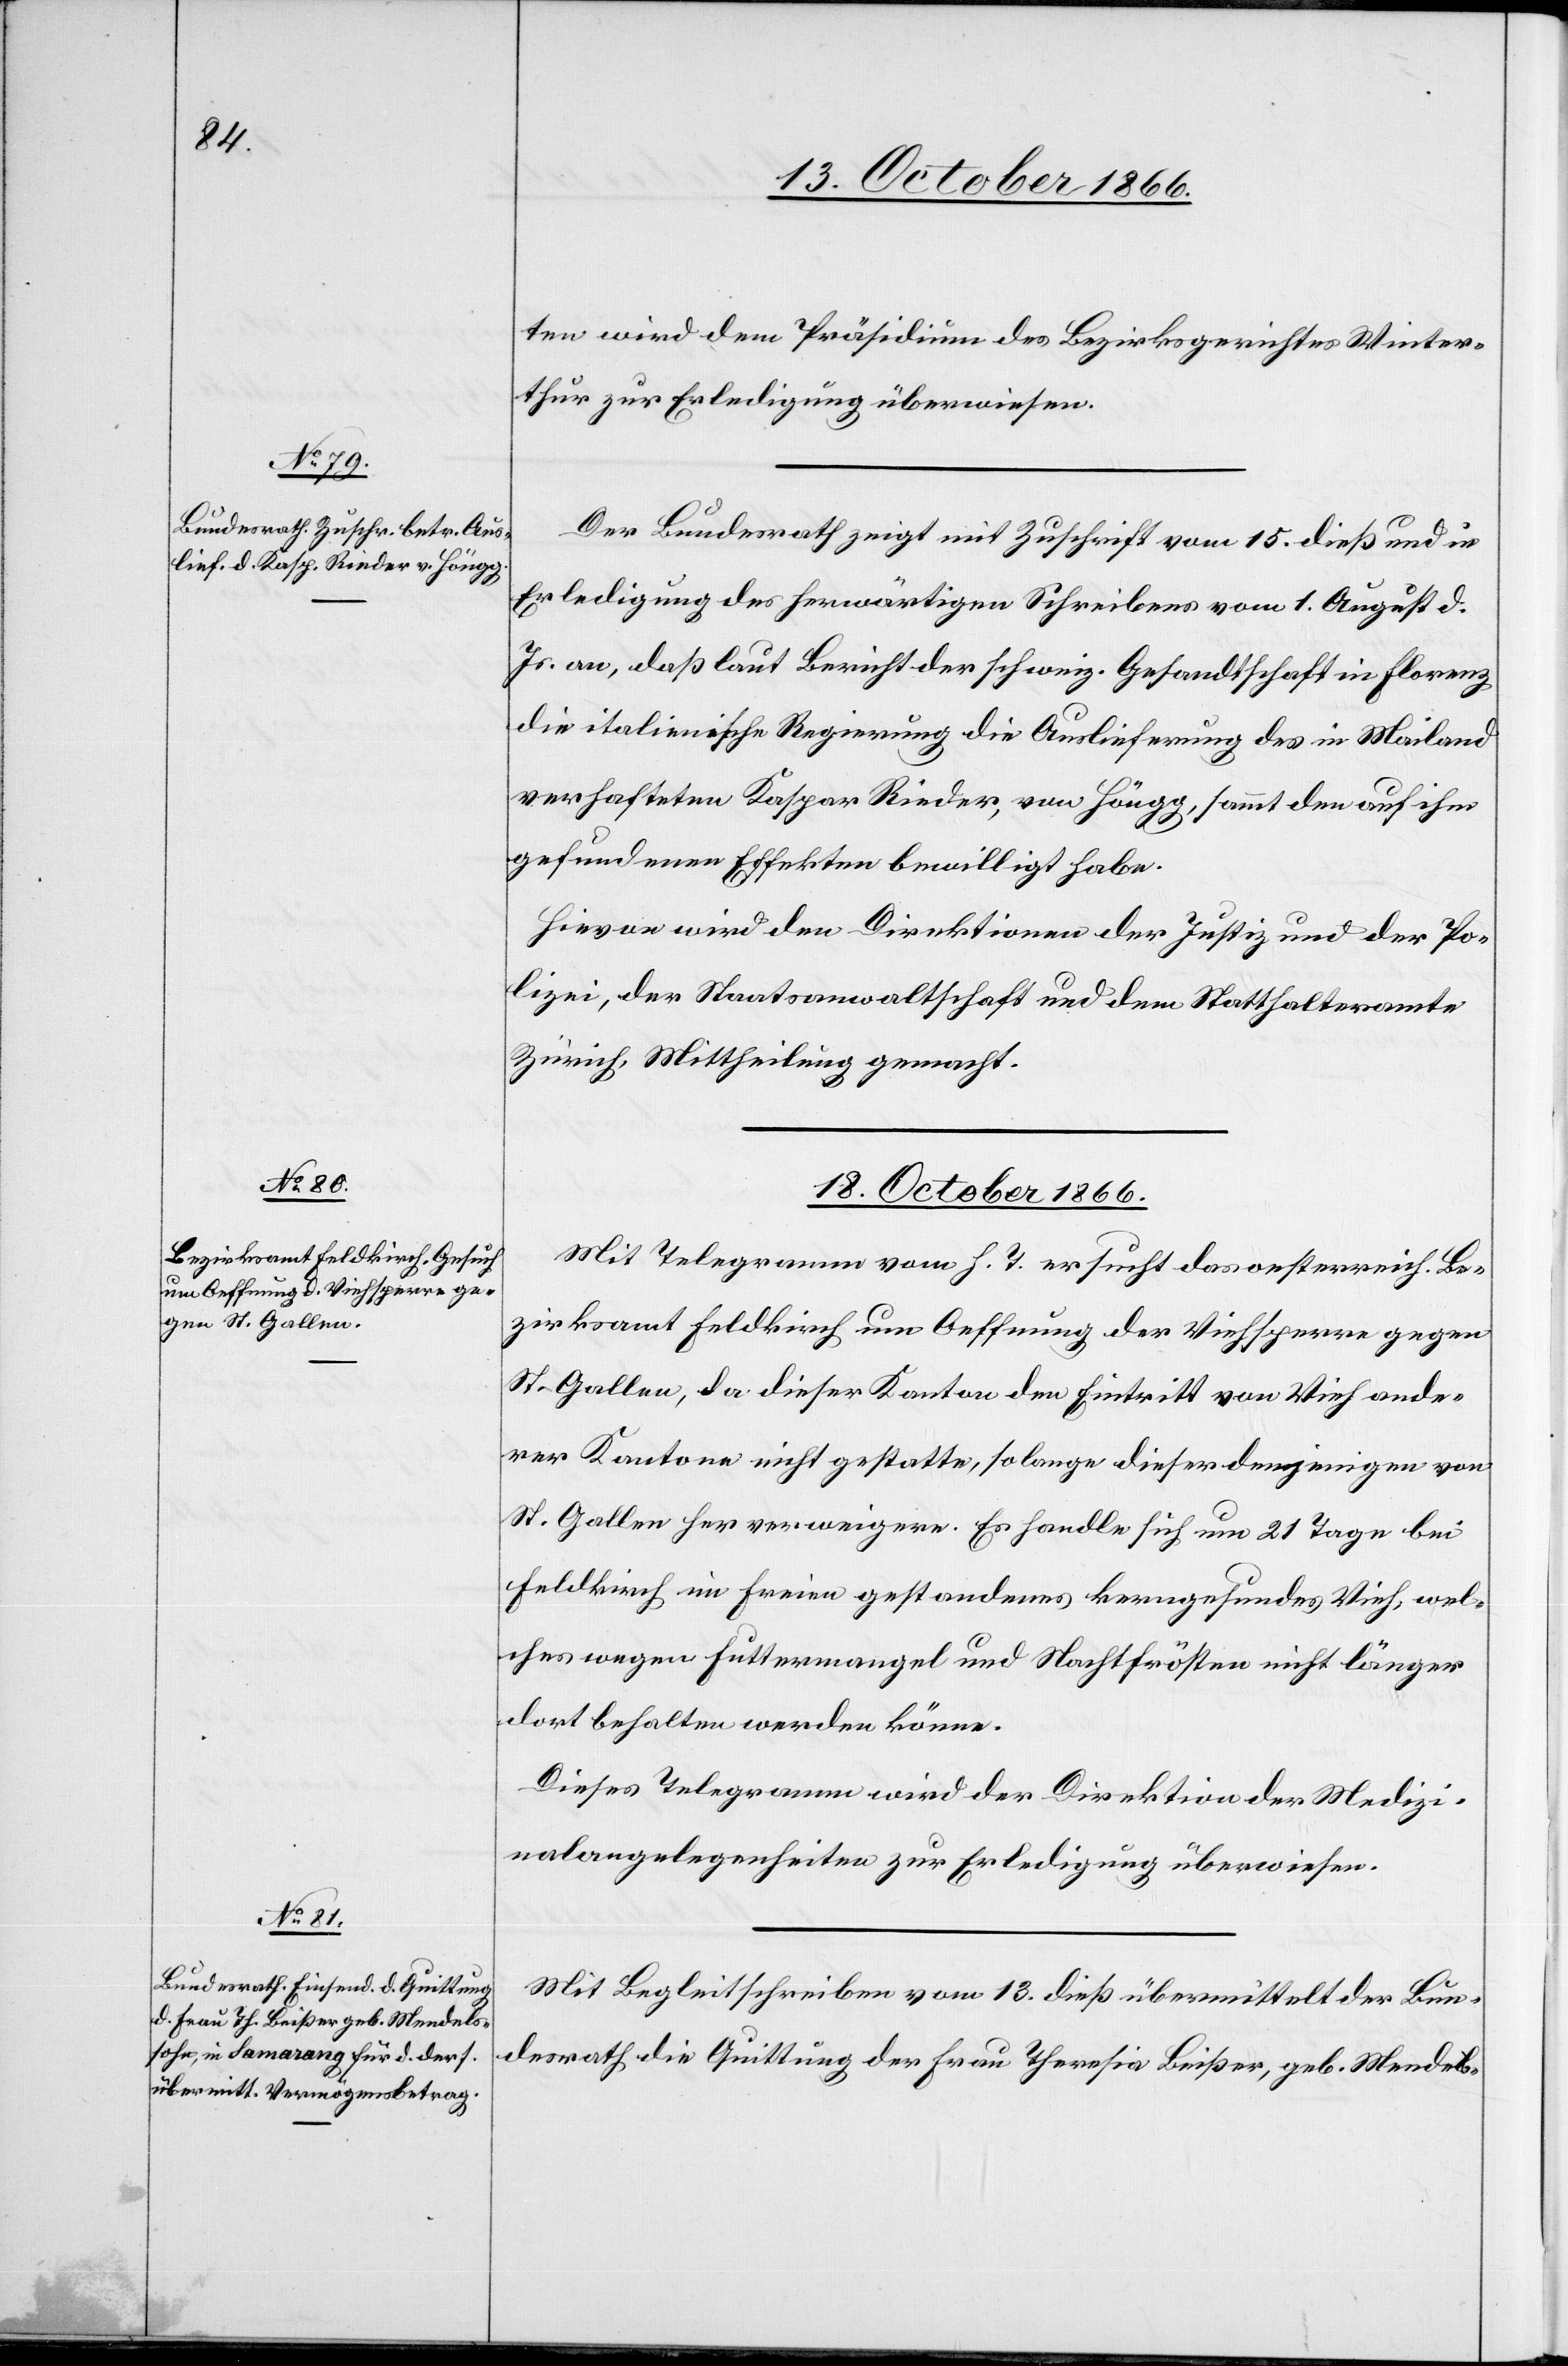
17. October 1866.]
ten wird dem Präsidium des Bezirksgerichtes Winter¬
thur zur Erledigung überwiesen.
Der Bundesrath zeigt mit Zuschrift vom 15. dieß und in
Erledigung des herwärtigen Schreibens vom 1. August d.
Js. an, daß laut Bericht der schweiz. Gesandtschaft in Florenz
die italienische Regierung die Auslieferung des in Mailand
verhafteten Kaspar Rieder, von Höngg, sammt den auf ihm
gefundenen Effekten bewilligt habe.
Hievon wird den Direktionen der Justiz und der Po¬
lizei, der Staatsanwaltschaft und dem Statthalteramte
Zürich, Mittheilung gemacht.
18. October 1866.]
Mit Telegramm vom h. T. ersucht das oesterreich. Be¬
zirksamt Feldkirch um Oeffnung der Viehsperre gegen
St. Gallen, da dieser Kanton den Eintritt von Vieh ande¬
rer Kantone nicht gestatte, so lange dieser denjenigen von
St. Gallen her verweigere. Es handle sich um 21 Tage bei
Feldkirch im Freien gestandenes kerngesundes Vieh, wel¬
ches wegen Futtermangel und Nachtfrösten nicht länger
dort behalten werden könne.
Dieses Telegramm wird der Direktion der Medizi¬
nalangelegenheiten zur Erledigung überwiesen.
Mit Begleitschreiben vom 13. dieß übermittelt der Bun¬
desrath die Quittung der Frau Theresia Beißer, geb. Mendels-